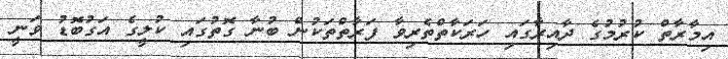
އިމާރާތް ކުރުމުގެ ދާއިރާގައި ހަރަކާތްތެރިވާ ފަރާތްތަކުން ބުނާ ގޮތުގައި ކުލީގެ އަގުބޮޑު ވަނީ